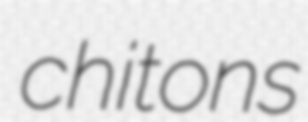
chitons